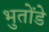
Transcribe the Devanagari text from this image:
भुतोंडे